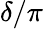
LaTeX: \delta/\pi